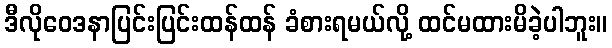
ဒီလိုဝေဒနာပြင်းပြင်းထန်ထန် ခံစားရမယ်လို့ ထင်မထားမိခဲ့ပါဘူး။